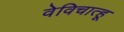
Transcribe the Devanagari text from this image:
वेविचात्हू